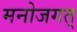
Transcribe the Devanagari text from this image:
मनोजगत्